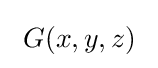
~G(x,y,z)~